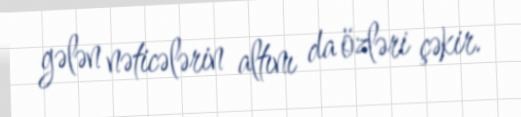
gələn nəticələrin altını da özləri çəkir.